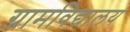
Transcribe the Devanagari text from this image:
ग्रामविद्यालय